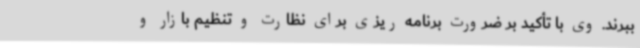
ببرند. وی با تأکید بر ضرورت برنامه ریزی برای نظارت و تنظیم بازار و